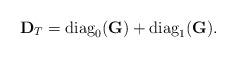
LaTeX: \begin{align*}{\bf D}_{T}={\rm diag}_0({\bf G})+ {\rm diag}_1({\bf G}).\end{align*}